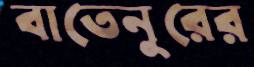
বাতেনুরের